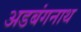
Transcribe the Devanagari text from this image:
अडबंगनाथ